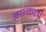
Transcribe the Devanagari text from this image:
झाकता